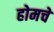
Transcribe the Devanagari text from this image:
होमचे